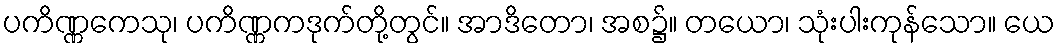
ပကိဏ္ဏကေသု၊ ပကိဏ္ဏကဒုက်တို့တွင်။ အာဒိတော၊ အစ၌။ တယော၊ သုံးပါးကုန်သော။ ယေ